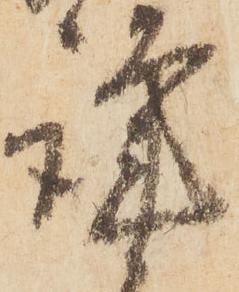
謹